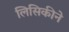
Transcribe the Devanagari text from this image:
लिसिकीने